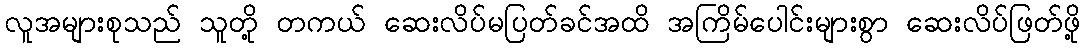
လူအများစုသည် သူတို့ တကယ် ဆေးလိပ်မပြတ်ခင်အထိ အကြိမ်ပေါင်းများစွာ ဆေးလိပ်ဖြတ်ဖို့